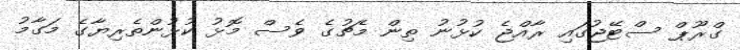
ގްރޫޕް ސްޓޭޖުގައި ރާއްޖެ ކުޅުނު ތިން މެޗުގެ ވެސް މޮޅު ކުޅުންތެރިޔާގެ މަގާމު